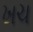
ખચ